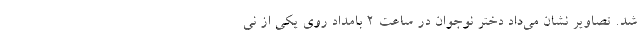
شد. تصاویر نشان می‌داد دختر نوجوان در ساعت ۲ بامداد روی یکی از نی